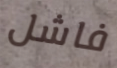
فاشل